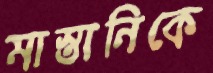
মাস্তানিকে